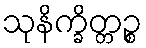
သုနိက္ခိတ္တဉ္စ